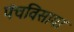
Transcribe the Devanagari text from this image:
पंचविसावा